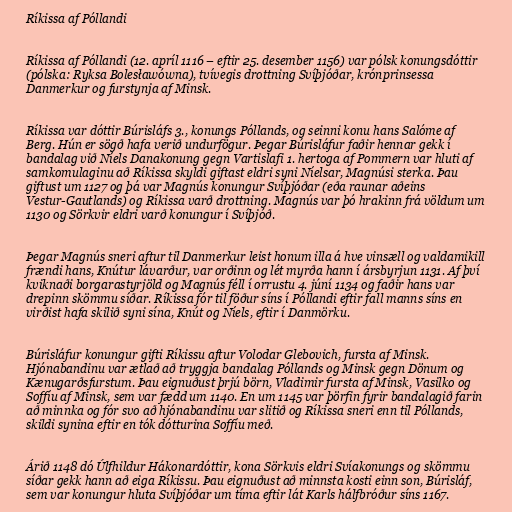
Ríkissa af Póllandi

Ríkissa af Póllandi (12. apríl 1116 – eftir 25. desember 1156) var pólsk konungsdóttir
(pólska: Ryksa Bolesławówna), tvívegis drottning Svíþjóðar, krónprinsessa
Danmerkur og furstynja af Minsk.

Ríkissa var dóttir Búrisláfs 3., konungs Póllands, og seinni konu hans Salóme af
Berg. Hún er sögð hafa verið undurfögur. Þegar Búrisláfur faðir hennar gekk í
bandalag við Níels Danakonung gegn Vartislafi 1. hertoga af Pommern var hluti af
samkomulaginu að Ríkissa skyldi giftast eldri syni Níelsar, Magnúsi sterka. Þau
giftust um 1127 og þá var Magnús konungur Svíþjóðar (eða raunar aðeins
Vestur-Gautlands) og Ríkissa varð drottning. Magnús var þó hrakinn frá völdum um
1130 og Sörkvir eldri varð konungur í Svíþjóð.

Þegar Magnús sneri aftur til Danmerkur leist honum illa á hve vinsæll og valdamikill
frændi hans, Knútur lávarður, var orðinn og lét myrða hann í ársbyrjun 1131. Af því
kviknaði borgarastyrjöld og Magnús féll í orrustu 4. júní 1134 og faðir hans var
drepinn skömmu síðar. Ríkissa fór til föður síns í Póllandi eftir fall manns síns en
virðist hafa skilið syni sína, Knút og Níels, eftir í Danmörku.

Búrisláfur konungur gifti Ríkissu aftur Volodar Glebovich, fursta af Minsk.
Hjónabandinu var ætlað að tryggja bandalag Póllands og Minsk gegn Dönum og
Kænugarðsfurstum. Þau eignuðust þrjú börn, Vladimir fursta af Minsk, Vasilko og
Soffíu af Minsk, sem var fædd um 1140. En um 1145 var þörfin fyrir bandalagið farin
að minnka og fór svo að hjónabandinu var slitið og Ríkissa sneri enn til Póllands,
skildi synina eftir en tók dótturina Soffíu með.

Árið 1148 dó Úlfhildur Hákonardóttir, kona Sörkvis eldri Svíakonungs og skömmu
síðar gekk hann að eiga Ríkissu. Þau eignuðust að minnsta kosti einn son, Búrisláf,
sem var konungur hluta Svíþjóðar um tíma eftir lát Karls hálfbróður síns 1167.